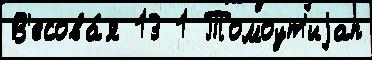
В'есова́я 13 1 Томоут'иjап